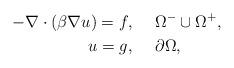
LaTeX: \begin{align*} -\nabla\cdot(\beta\nabla u)=f, \;\;\;\; & \; \Omega^- \cup \Omega^+, \\ u=g, \;\;\;\; & \; \partial\Omega,\end{align*}